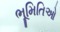
ભૂમિતિઓ